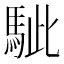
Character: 𩢭